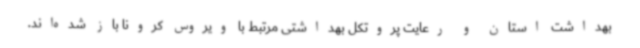
بهداشت استان و رعایت پروتکل بهداشتی مرتبط با ویروس کرونا باز شده‌اند.